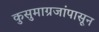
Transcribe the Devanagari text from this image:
कुसुमाग्रजांपासून